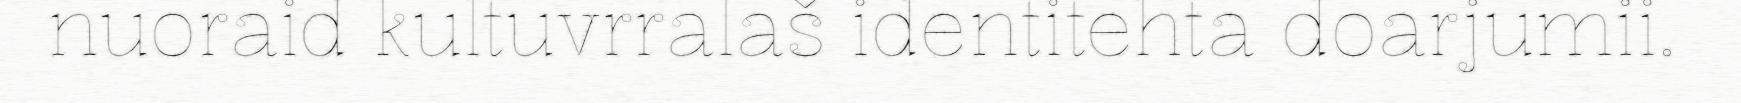
nuoraid kultuvrralaš identitehta doarjumii.